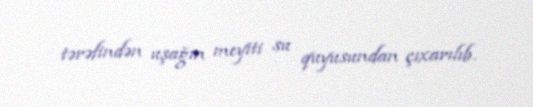
tərəfindən uşağın meyiti su quyusundan çıxarılıb.